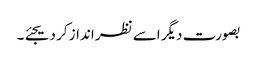
بصورت دیگر اسے نظر انداز کر دیجئے۔